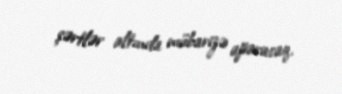
şərtlər altında mübarizə aparacaq.